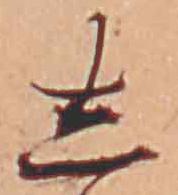
し